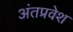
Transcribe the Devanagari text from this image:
अंतप्रवेश